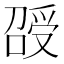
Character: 𠺥